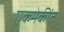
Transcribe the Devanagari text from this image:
एकमेकींत